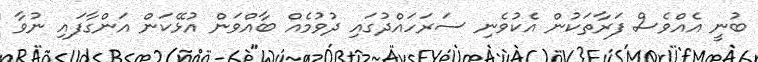
ބުނީ އެއްވެސް ފަރާތަކުން އެކުވެނި ސަރަހައްދުގައި ދުވުމެއް ބާއްވަން އުޅޭކަން އަންގާފައި ނުވާ